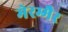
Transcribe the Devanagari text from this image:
मेरम्मैर